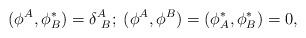
LaTeX: \begin{align*}(\phi^A, \phi^*_B) = \delta^A_{\ B}; \;(\phi^A, \phi^B) = (\phi^*_A, \phi^*_B) = 0,\end{align*}